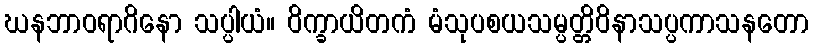
ဃနဘာဝရာဂိနော သပ္ပါယံ။ ဝိက္ခာယိတကံ မံသုပစယသမ္ပတ္တိဝိနာသပ္ပကာသနတော